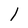
Character: I